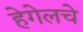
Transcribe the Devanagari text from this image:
हेगेलचे